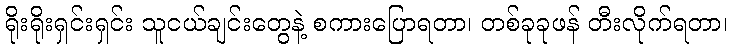
ရိုးရိုးရှင်းရှင်း သူငယ်ချင်းတွေနဲ့ စကားပြောရတာ၊ တစ်ခုခုဖန် တီးလိုက်ရတာ၊